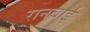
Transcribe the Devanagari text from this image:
रानबाई